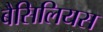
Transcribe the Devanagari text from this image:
बैसिलियस